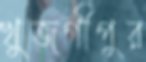
খুজগীপুর